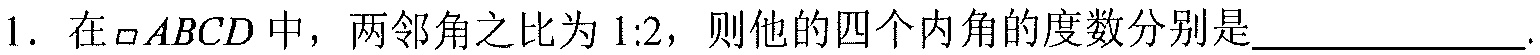
1. 在\(\square ABCD\)中，两邻角之比为\(1:2\)，则他的四个内角的度数分别是________________.